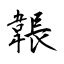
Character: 韔